Triennial report on the lunatic asylums in the province of Eastern Bengal and Assam - 1903-1911
Year: 1903
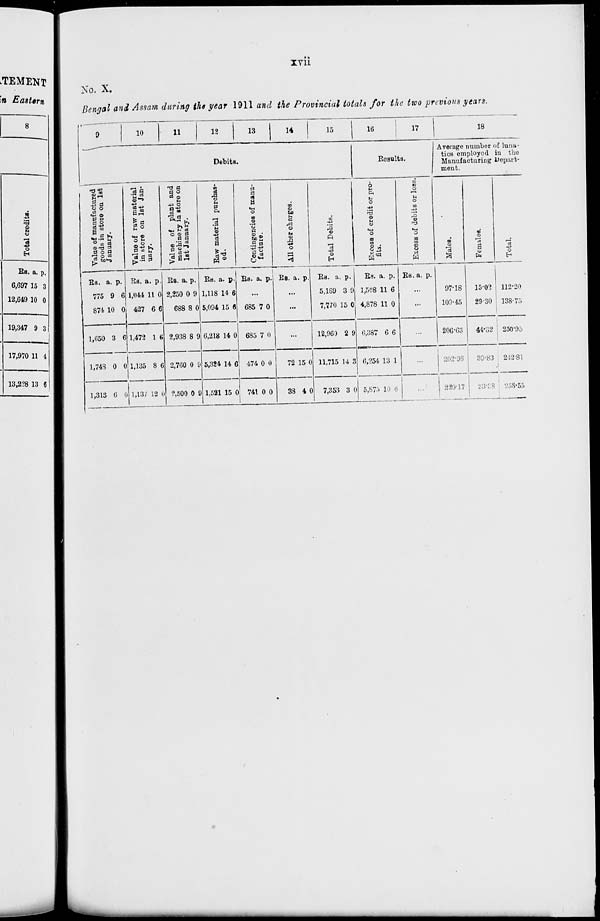
xvii
No. X.
Bengal and Assam during the year 1911 and the Provincial totals for the two previous years.
9
10
11
12
13
14
15
Debits.
Value of manufactured
goods in store on 1st
January.
Rs.
775
874
1,650
1,748
1,313
a.
9
10
3
0
6
p.
6
0
6
0
0
Value of raw material
in store on 1st Jan-
uary.
Rs.
1,044
427
1,472
1,135
1,137
a.
11
6
1
8
12
p.
0
6
6
6
0
Value of plant and
machinery in store on
1st January.
Rs.
2,250
688
2,938
2,760
2,500
a.
0
8
8
0
0
p.
9
0
9
9
9
Raw
material purchas-
ed.
Rs.
1,118
5,094
6,218
5,324
1,521
a.
14
15
14
14
15
p.
6
6
0
6
0
Contingencies of manu-
facture.
Rs. a. p.
...
685
685
474
741
7
7
0
0
0
0
0
0
All other charges.
Rs. a. p.
...
...
...
72
38
15
4
0
0
Total Debits.
Rs.
5,189
7,770
12,960
11,715
7,353
a.
3
15
2
14
3
p.
9
0
9
3
0
16
17
Results.
Excess of credit or pro-
fits.
Rs.
1,508
4,878
6,387
6,254
5,875
a.
11
11
6
13
10
p.
6
0
6
1
6
Excess of debits or loss.
Rs. a. p.
...
...
...
...
...
18
Average number of luna-
tics employed in the
Manufacturing Depart-
ment.
Males.
97.18
109.45
206.63
202.98
220.17
Females.
15.02
29.30
44.32
39.83
33.38
Total.
112.20
138.75
250.95
242.81
253.55